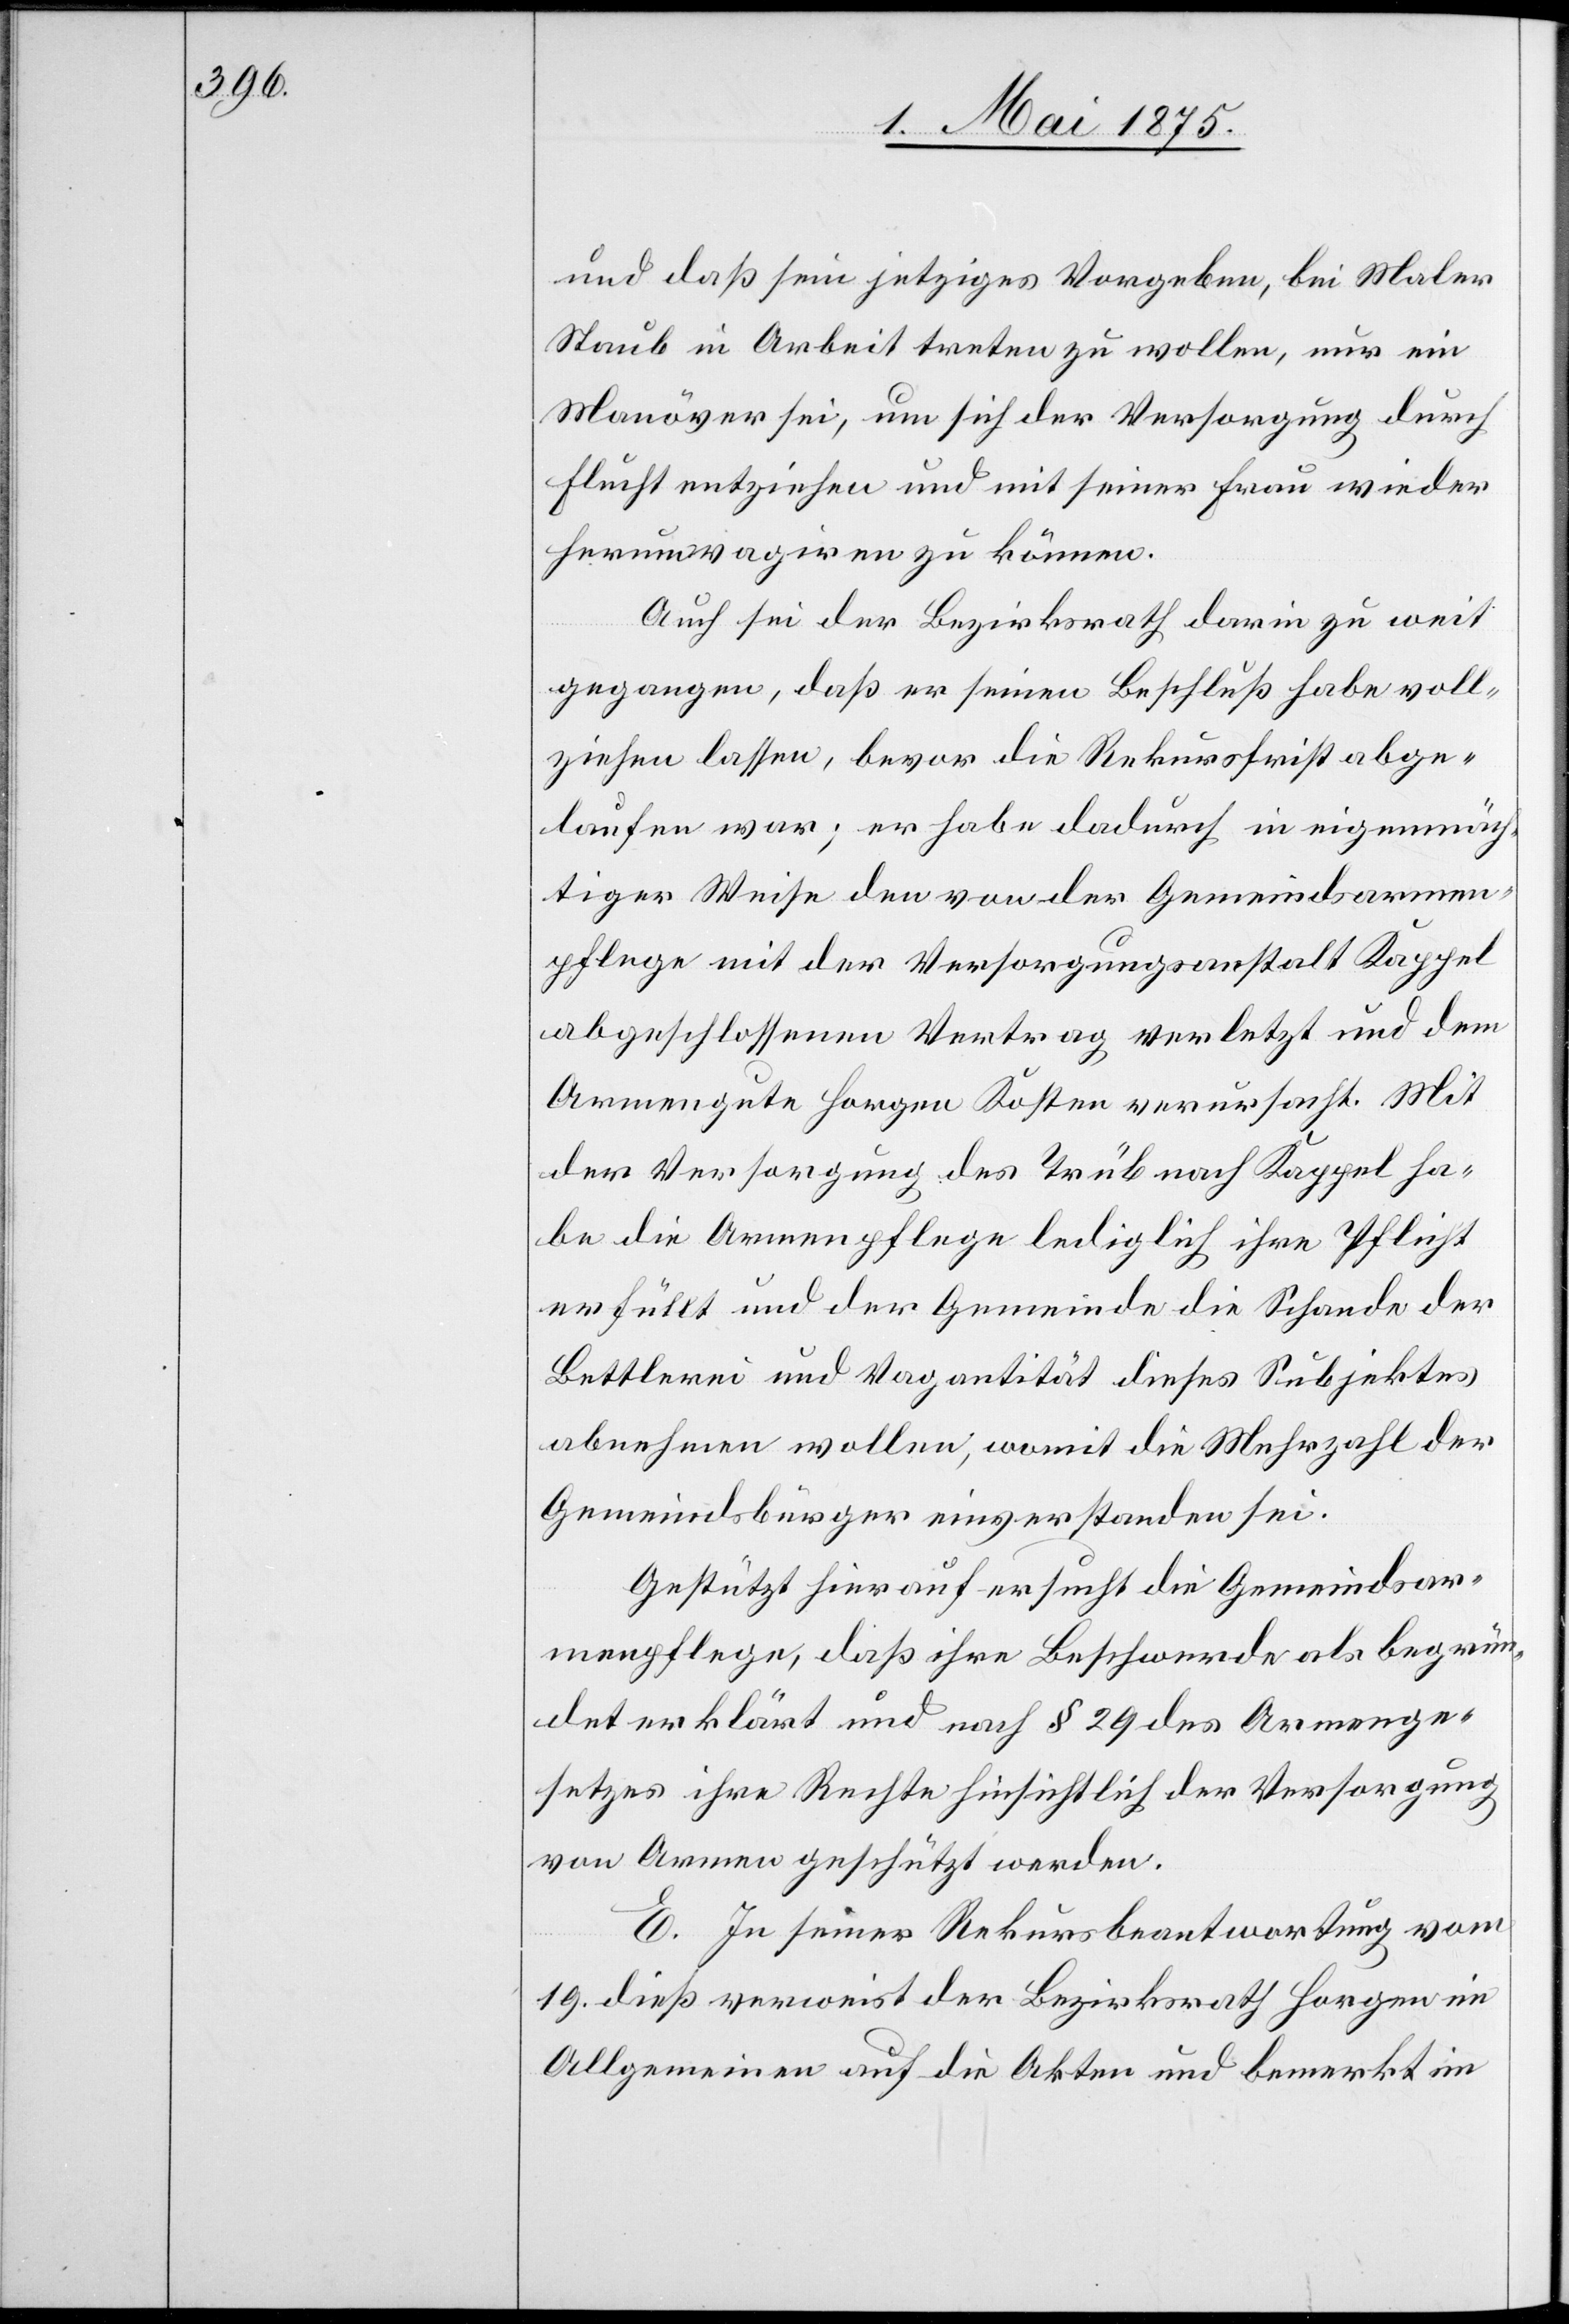
und daß sein jetziges Vorgeben, bei Maler
Staub in Arbeit treten zu wollen, nur ein
Manöver sei, um sich der Versorgung durch
Flucht entziehen und mit seiner Frau wieder
herumvagiren zu können.
Auch sei der Bezirksrath darin zu weit
gegangen, daß er seinen Beschluß habe voll¬
ziehen lassen, bevor die Rekursfrist abge¬
laufen war; er habe dadurch in eigenmäch¬
tiger Weise den von der Gemeindsarmen¬
pflege mit der Versorgungsanstalt Kappel
abgeschlossenen Vertrag verletzt und dem
Armengute Horgen Kosten verursacht. Mit
der Versorgung des Trüb nach Kappel ha¬
be die Armenpflege lediglich ihre Pflicht
erfüllt und der Gemeinde die Schande der
Bettlerei und Vagantität dieses Subjektes
abnehmen wollen, womit die Mehrzahl der
Gemeindsbürger einverstanden sei.
Gestützt hierauf ersucht die Gemeindsar¬
menpflege, daß ihre Beschwerde als begrün¬
det erklärt und nach § 29 des Armenge¬
setzes ihre Rechte hinsichtlich der Versorgung
von Armen geschützt werden.
E. In seiner Rekursbeantwortung vom
19. dieß verweist der Bezirksrath Horgen im
Allgemeinen auf die Akten und bemerkt im